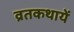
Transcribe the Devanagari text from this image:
व्रतकथायें